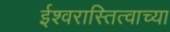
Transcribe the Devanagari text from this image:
ईश्वरास्तित्वाच्या